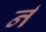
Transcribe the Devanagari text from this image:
र्न